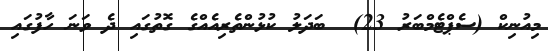
މިއުނިކް (ސެޕްޓެމްބަރު 23)  ބަދަލު ކުޅުންތެރިއެއްގެ ގޮތުގައި ދެ ވަނަ ހާފުގައި